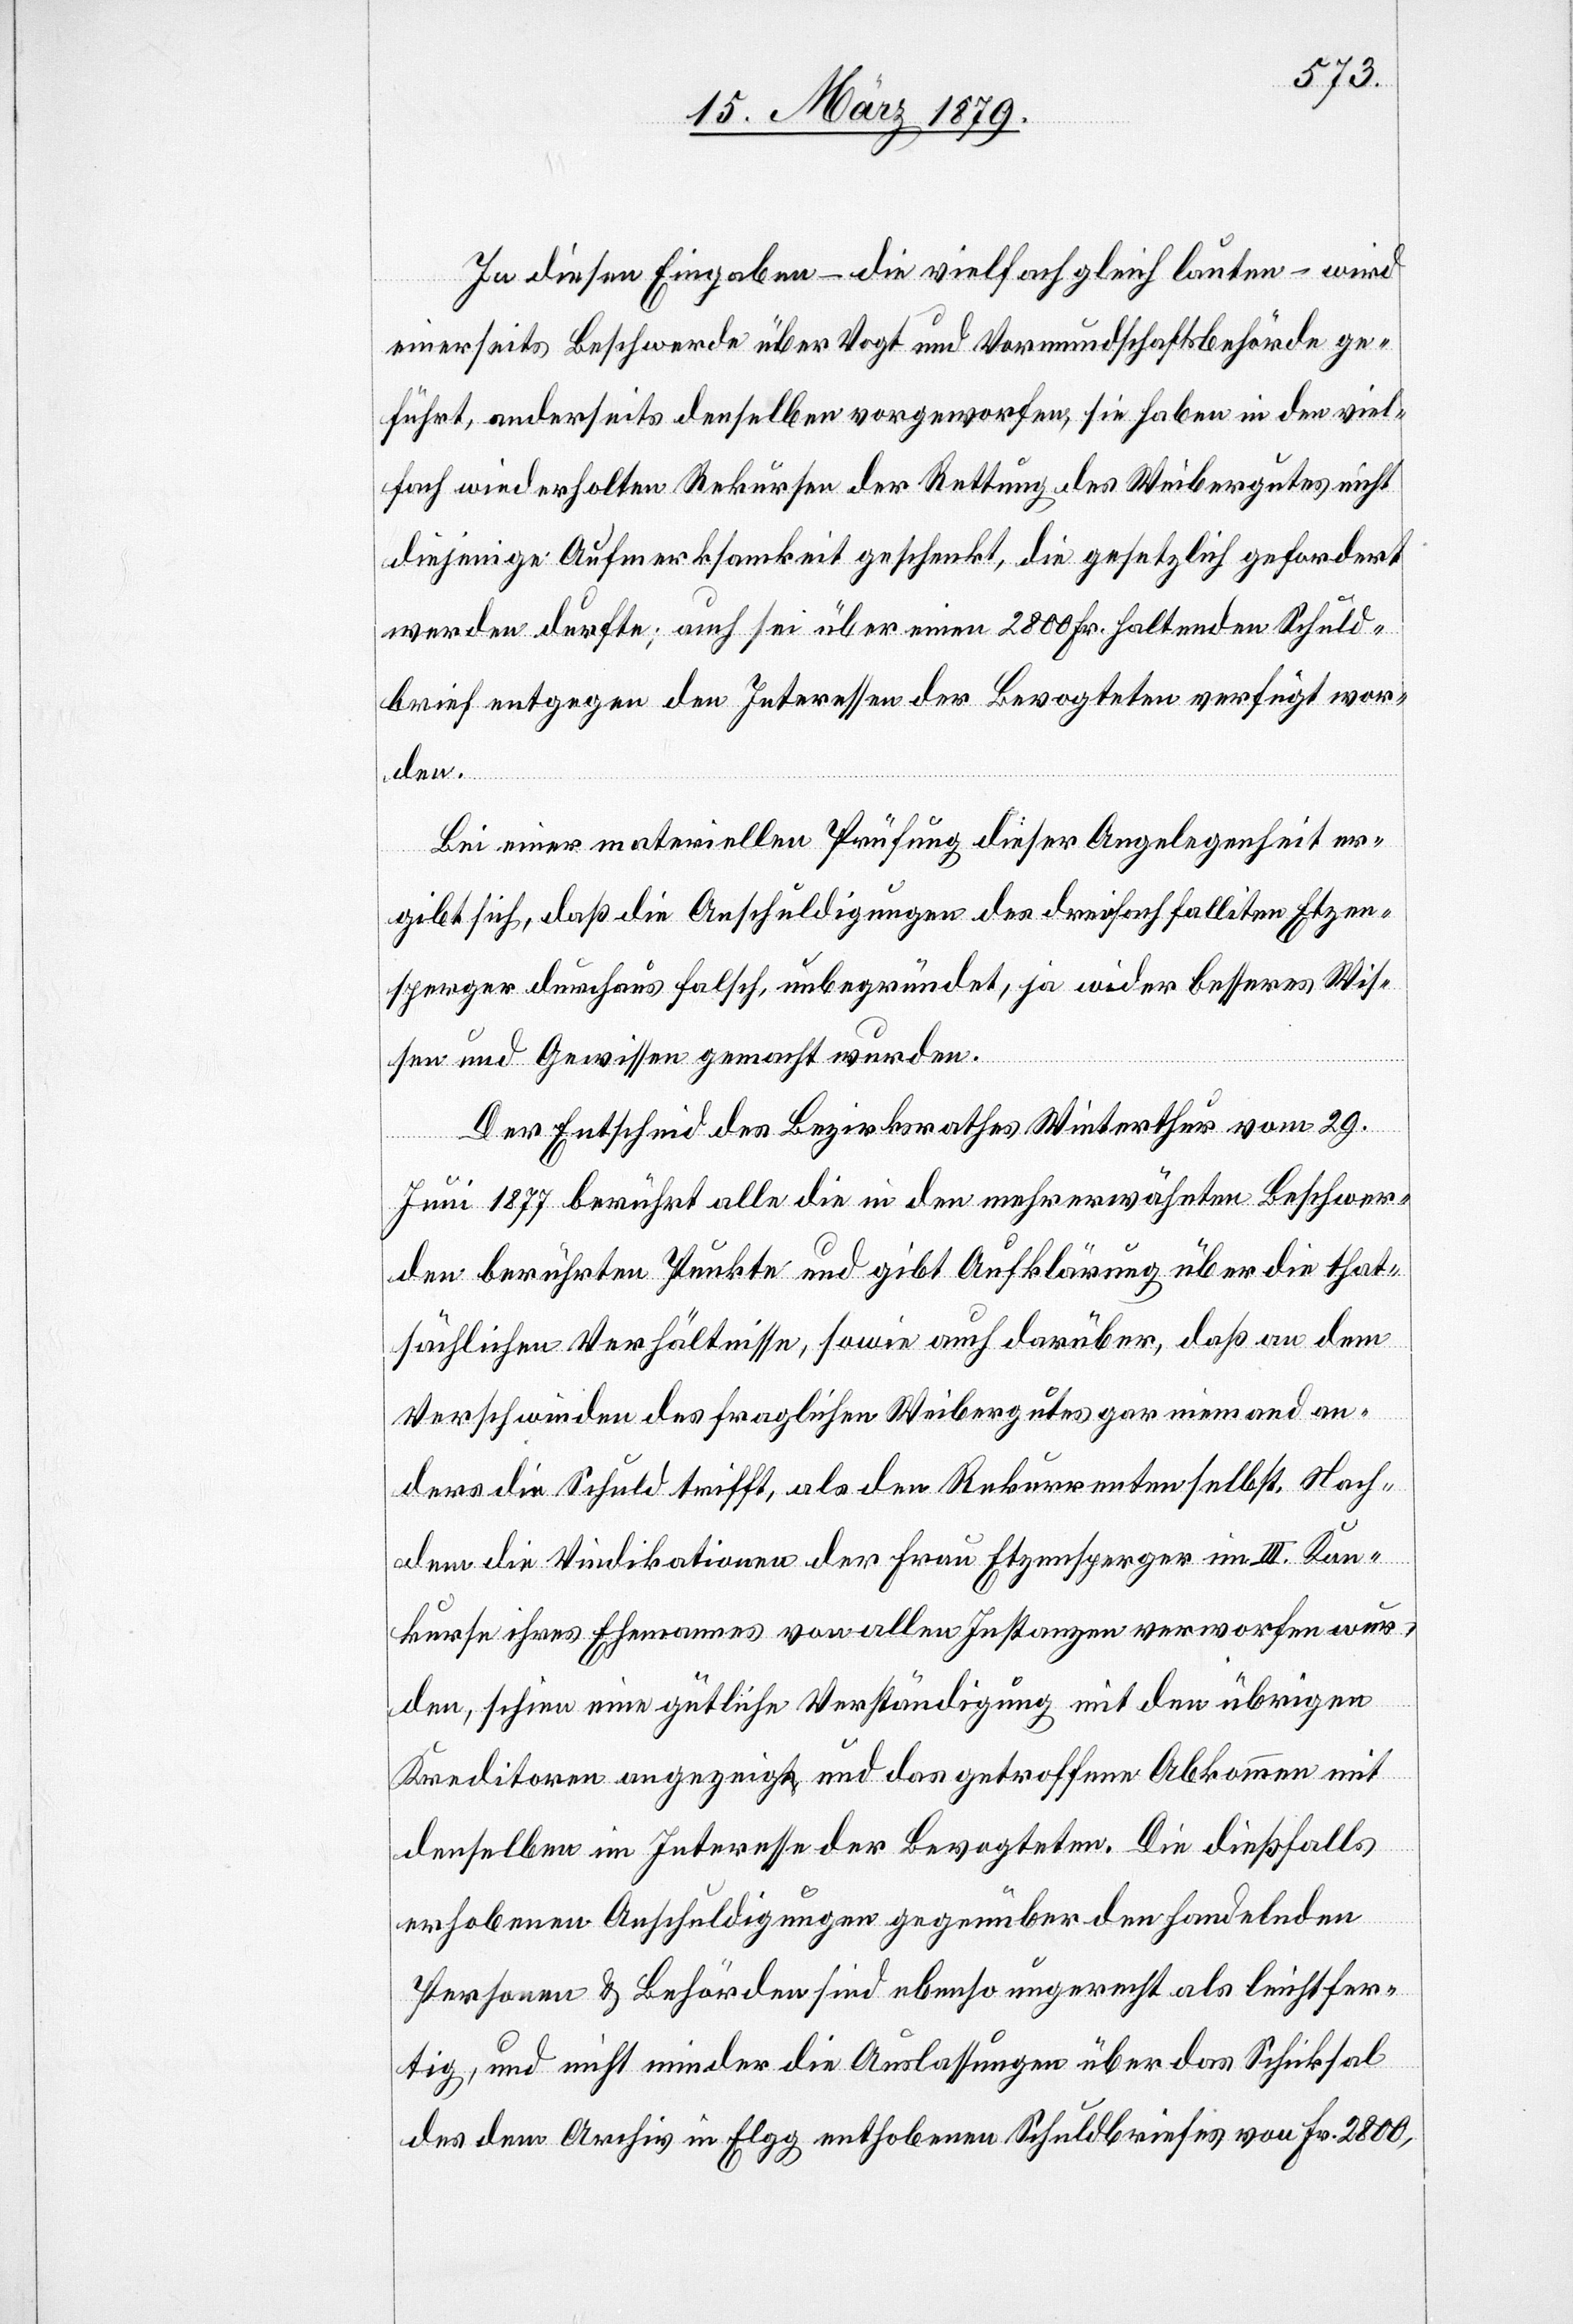
In diesen Eingaben – die vielfach gleich lauten – wird
einerseits Beschwerde über Vogt und Vormundschaftsbehörde ge¬
führt, anderseits denselben vorgeworfen, sie haben in den viel¬
fach wiederholten Rekursen der Rettung des Weibergutes nicht
diejenige Aufmerksamkeit geschenkt, die gesetzlich gefordert
werden durfte; auch sei über einen 2800 Fr. haltenden Schuld¬
brief entgegen den Interessen der Bevogteten verfügt wor¬
den.
Bei einer materiellen Prüfung dieser Angelegenheit er¬
gibt sich, daß die Anschuldigungen des dreifach falliten Etzen¬
sperger durchaus falsch, unbegründet, ja wider besseres Wis¬
sen und Gewissen gemacht wurden.
Der Entscheid des Bezirksrathes Winterthur vom 29.
Juni 1877 berührt alle die in den mehrerwähnten Beschwer¬
den berührten Punkte und gibt Aufklärung über die that¬
sächlichen Verhältnisse, sowie auch darüber, daß an dem
Verschwinden des fraglichen Weibergutes gar niemand an¬
ders die Schuld trifft, als den Rekurrenten selbst. Nach¬
dem die Vindikationen der Frau Etzensperger im III. Kon¬
kurse ihres Ehemannes von allen Instanzen verworfen wur¬
den, schien eine gütliche Verständigung mit den übrigen
Kreditoren angezeigt und das getroffene Abkommen mit
denselben im Interesse der Bevogteten. Die dießfalls
erhobenen Anschuldigungen gegenüber den handelnden
Personen & Behörden sind ebenso ungerecht als leichtfer¬
tig, und nicht minder die Auslassungen über das Schicksal
des dem Archiv in Elgg enthobenen Schuldbriefes von Fr. 2800,